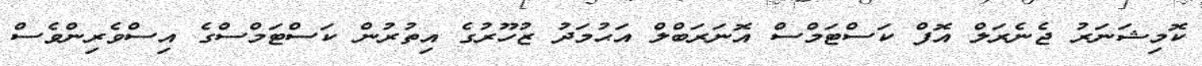
ކޮމިޝަނަރު ޖެނެރަލް އޮފް ކަސްޓަމްސް އޮނަރަބްލް އަޙުމަދު ޒުހޫރުގެ އިތުރުން ކަސްޓަމްސްގެ އިސްވެރިންވެސް